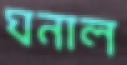
ঘনাল